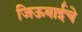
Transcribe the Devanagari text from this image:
जिऊबाईचे